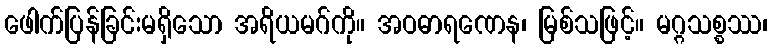
ဖေါက်ပြန်ခြင်းမရှိသော အရိယမဂ်ကို။ အဝဓာရဏေန၊ မြစ်သဖြင့်။ မဂ္ဂသစ္စဿ၊